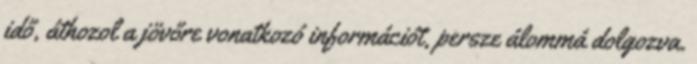
idő, áthozol a jövőre vonatkozó információt, persze álommá dolgozva.